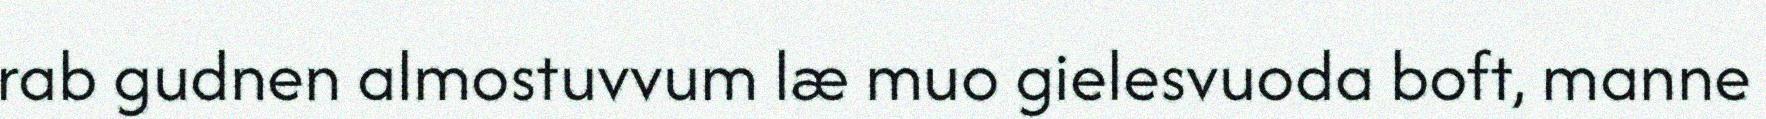
rab gudnen almostuvvum læ muo gielesvuoda boft, manne